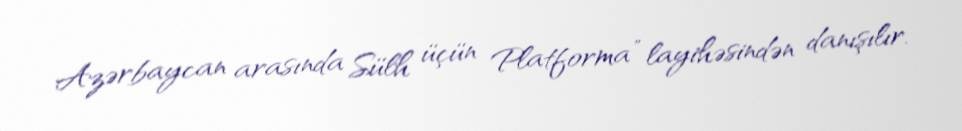
Azərbaycan arasında Sülh üçün Platforma” layihəsindən danışılır.